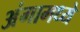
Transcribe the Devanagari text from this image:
अंगामध्ये